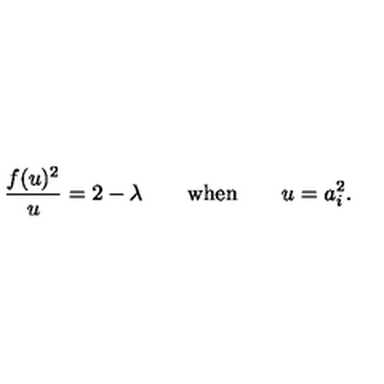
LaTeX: \frac { f ( u ) ^ { 2 } } { u } = 2 - \lambda \qquad \mathrm { w h e n } \qquad u = a _ { i } ^ { 2 } .